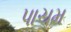
પાચમ